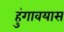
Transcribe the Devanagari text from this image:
हुंगावयास